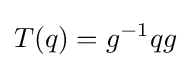
T(q)=g^{-1}qg